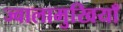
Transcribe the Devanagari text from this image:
ज्वालामुखियाँ